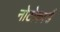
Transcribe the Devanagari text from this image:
नोटोकार्ड